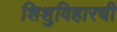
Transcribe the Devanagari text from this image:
शिशुविहारची